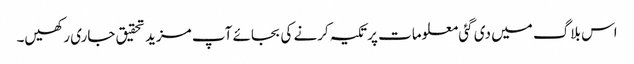
اس بلاگ میں دی گئی معلومات پر تکیہ کرنے کی بجائے آپ مزید تحقیق جاری رکھیں۔